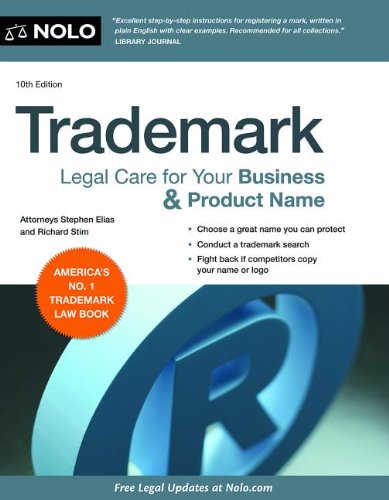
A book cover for Trademark: Legal Care for Your Business & Product Name; Stephen Elias; Law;